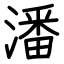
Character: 潘